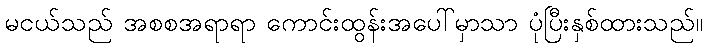
မငယ်သည် အစစအရာရာ ကောင်းထွန်းအပေါ်မှာသာ ပုံပြီးနှစ်ထားသည်။